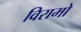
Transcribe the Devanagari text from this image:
विरामो